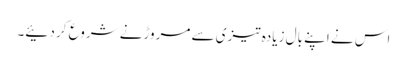
اس نے اپنے بال زیادہ تیزی سے مروڑنے شروع کر دئیے۔